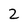
Character: 2